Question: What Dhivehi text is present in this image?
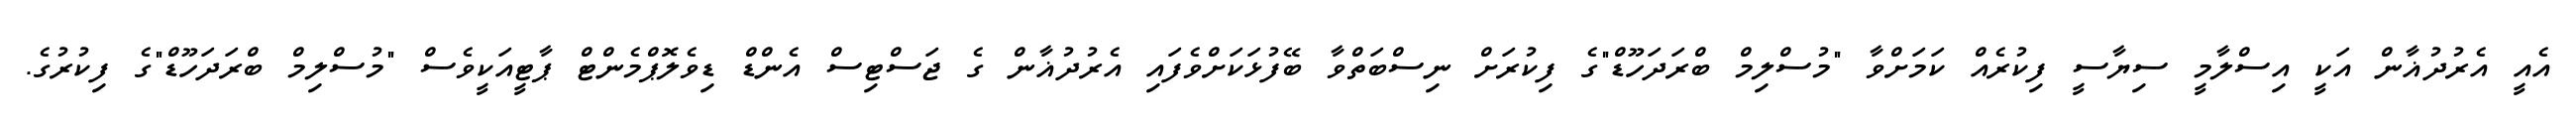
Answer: އެއީ އެރުދުޣާން އަކީ އިސްލާމީ ސިޔާސީ ފިކުރެއް ކަމަށްވާ "މުސްލިމް ބްރަދަހޫޑް"ގެ ފިކުރަށް ނިސްބަތްވާ ބޭފުޅަކަށްވެފައި އެރުދުޣާން ގެ ޖަސްޓިސް އެންޑް ޑިވެލޮޕްމެންޓް ޕާޓީއަކީވެސް "މުސްލިމް ބްރަދަހޫޑް"ގެ ފިކުރުގެ.